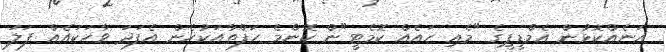
އަނެއްކޮޅުން އެމްޑީޕީގެ "މެއި ހައެއް ކޮމެޓީ"ން ކޮންމެ ހަފްތާއަކުހެން އެފަދަ ވާހަކައެއް ފަލަ